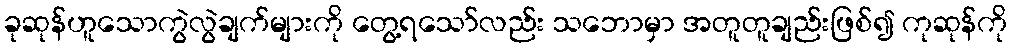
ခုဆုန်ဟူသောကွဲလွဲချက်များကို တွေ့ရသော်လည်း သဘောမှာ အတူတူချည်းဖြစ်၍ ကုဆုန်ကို